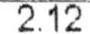
2.12